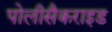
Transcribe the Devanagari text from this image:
पोलीसैकराइड